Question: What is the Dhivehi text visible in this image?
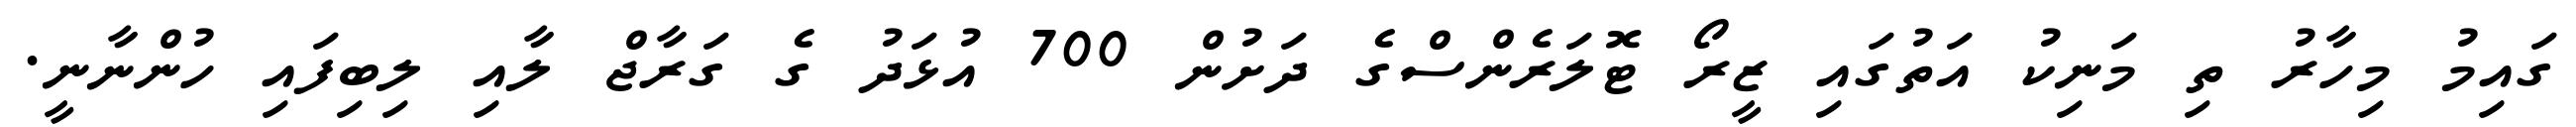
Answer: ގައިމު މިހާރު ތި މަނިކު އަތުގައި ޒީރޯ ޓޮލަރެންސްގެ ދަށުން 700 އުޅަދު ގެ ގަރާޖް ލާއި ލިބިފައި ހުންނާނީ.